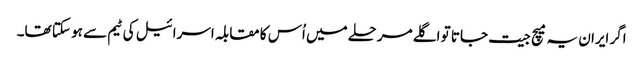
اگر ایران یہ میچ جیت جاتا تو اگلے مرحلے میں اُس کا مقابلہ اسرائیل کی ٹیم سے ہو سکتا تھا۔